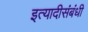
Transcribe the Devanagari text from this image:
इत्यादीसंबंधी